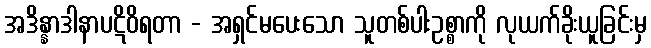
အဒိန္နာဒါနာပဋိဝိရတာ - အရှင်မပေးသော သူတစ်ပါးဥစ္စာကို လုယက်ခိုးယူခြင်းမှ